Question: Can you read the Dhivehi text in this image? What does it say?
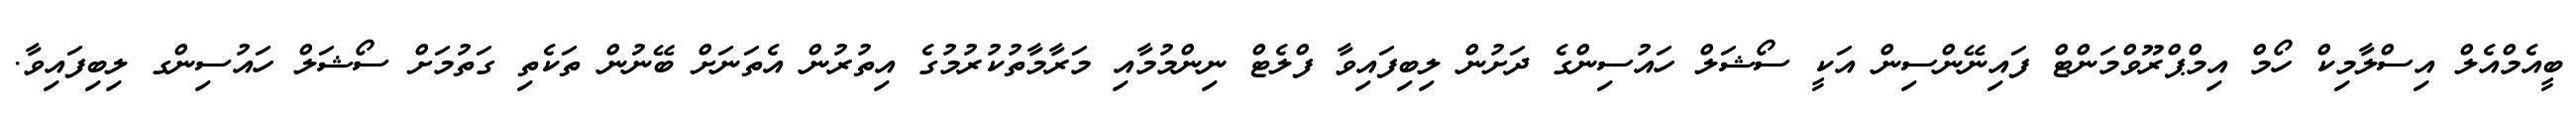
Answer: ބީއެމްއެލް އިސްލާމިކް ހޯމް އިމްޕްރޫވްމަންޓް ފައިނޭންސިން އަކީ ސޯޝަލް ހައުސިންގެ ދަށުން ލިބިފައިވާ ފްލެޓް ނިންމުމާއި މަރާމާތުކުރުމުގެ އިތުރުން އެތަނަށް ބޭނުން ތަކެތި ގަތުމަށް ސޯޝަލް ހައުސިންގ ލިބިފައިވާ.